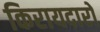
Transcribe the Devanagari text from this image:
किरायदारों